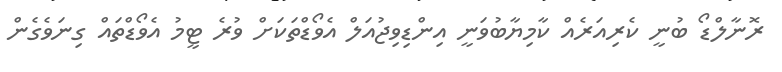
ރޮނާލްޑޯ ބުނީ ކެރިއަރެއް ކާމިޔާބުވަނީ އިންޑިވިޖުއަލް އެވޯޑްތަކަށް ވުރެ ޓީމު އެވޯޑްތައް ގިނަވެގެން